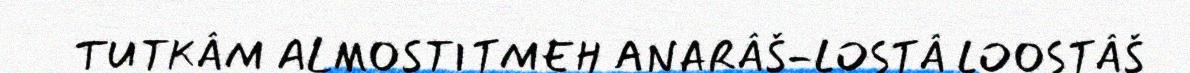
TUTKÂM ALMOSTITMEH ANARÂŠ-LOSTÂ LOOSTÂŠ